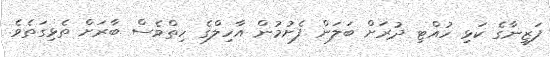
ފަޒީނާގެ ކަޅި ހުއްޓި ދުރަށް ބަލަން ފެށުމުން އާހިލްގެ ހިތްވެސް ބާރަށް ތެޅިގަތެވެ.